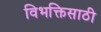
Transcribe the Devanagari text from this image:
विभक्तिसाठी